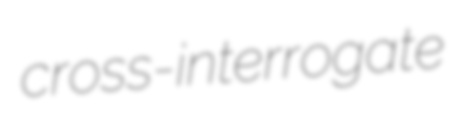
cross-interrogate